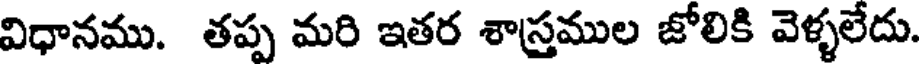
విధానము. తప్ప మరి ఇతర శాస్త్రముల జోలికి వెళ్ళలేదు.